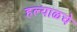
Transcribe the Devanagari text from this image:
हल्याळचे